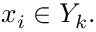
x _ { i } \in Y _ { k } .